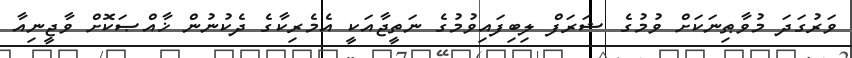
ވަރުގަދަ މުވާޠިނަކަށް ވުމުގެ ޝަރަފް ލިބިފައިވުމުގެ ނަތީޖާއަކީ އެމެރިކާގެ ދެކުނުން ޚާއްޞަކޮށް ވާޖީނިއާ